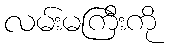
လမ်းမကြီးကို